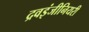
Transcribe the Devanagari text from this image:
द्रवइंजीनियरी